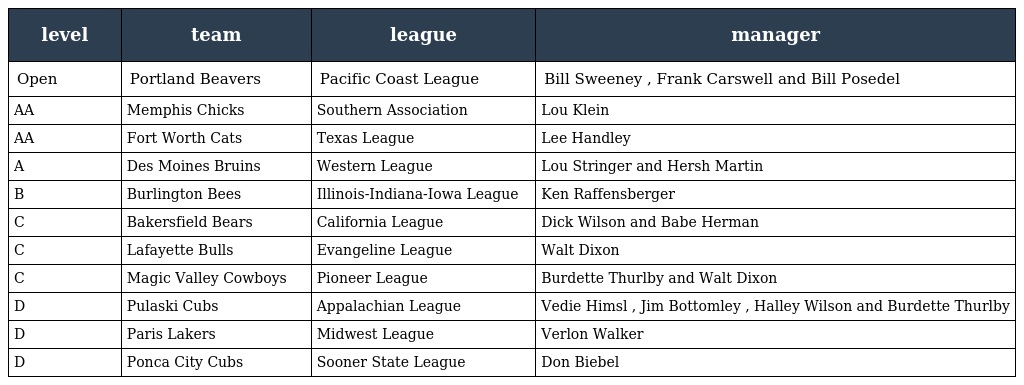
| level | team | league | manager |
 | --- | --- | --- | --- |
 | Open | Portland Beavers | Pacific Coast League | Bill Sweeney , Frank Carswell and Bill Posedel |
 | AA | Memphis Chicks | Southern Association | Lou Klein |
 | AA | Fort Worth Cats | Texas League | Lee Handley |
 | A | Des Moines Bruins | Western League | Lou Stringer and Hersh Martin |
 | B | Burlington Bees | Illinois-Indiana-Iowa League | Ken Raffensberger |
 | C | Bakersfield Bears | California League | Dick Wilson and Babe Herman |
 | C | Lafayette Bulls | Evangeline League | Walt Dixon |
 | C | Magic Valley Cowboys | Pioneer League | Burdette Thurlby and Walt Dixon |
 | D | Pulaski Cubs | Appalachian League | Vedie Himsl , Jim Bottomley , Halley Wilson and Burdette Thurlby |
 | D | Paris Lakers | Midwest League | Verlon Walker |
 | D | Ponca City Cubs | Sooner State League | Don Biebel |